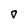
Character: 0